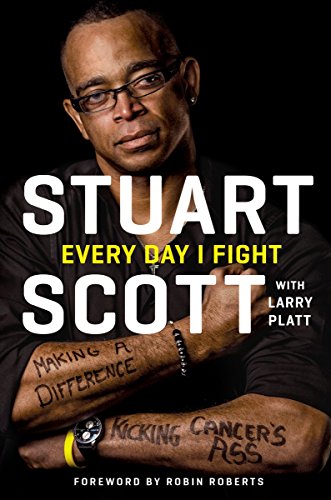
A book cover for Every Day I Fight; Stuart Scott; Health, Fitness & Dieting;